Scottish Leaving Certificate Examination, 1956
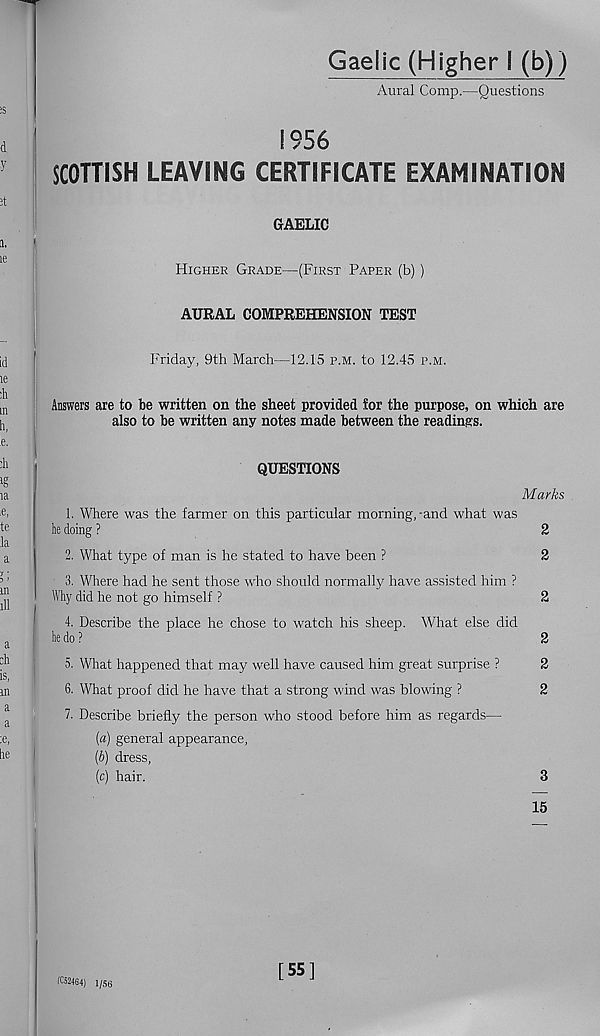
Gaelic (Higher I (b))
Aural Comp.—Questions
1956
SCOTTISH LEAVING CERTIFICATE EXAMINATION
CrAELIC
Higher Grade—(First Paper (b) )
AURAL COMPREHENSION TEST
Friday, 9th March—12.15 p.m. to 12.45 p.m.
Answers are to be written on the sheet provided lor the purpose, on which are
also to be written any notes made between the readings.
QUESTIONS
Marks
1. Where was the farmer on this particular morning, -and what was
he doing ?
2
2. What type of man is he stated to have been ?
2
3. Where had he sent those who should normally have assisted him ?
Why did he not go himself ?
2
4. Describe the place he chose to watch his sheep. What else did
he do ?
2
5. What happened that may well have caused him great surprise ?
2
6. What proof did he have that a strong wind was blowing ?
2
7. Describe briefly the person who stood before him as regards—
[a) general appearance,
(&) dress,
(c) hair.
3
15
IC52464) 1/56
[55]